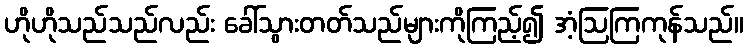
ဟိုဟိုသည်သည်လည်း ခေါ်သွားတတ်သည်များကိုကြည့်၍ အံ့ဩကြကုန်သည်။